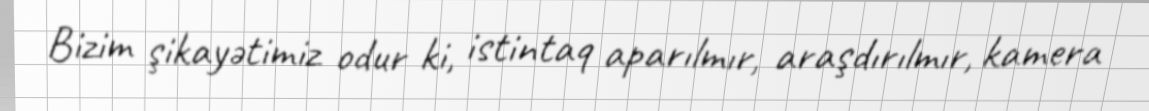
Bizim şikayətimiz odur ki, istintaq aparılmır, araşdırılmır, kamera